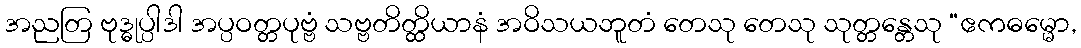
အညတြ ဗုဒ္ဓုပ္ပါဒါ အပ္ပဝတ္တပုဗ္ဗံ သဗ္ဗတိတ္ထိယာနံ အဝိသယဘူတံ တေသု တေသု သုတ္တန္တေသု “ဧကဓမ္မော,